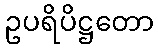
ဥပရိပိဋ္ဌတော